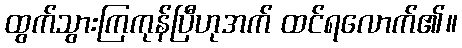
ထွက်သွားကြကုန်ပြီဟုအက် ထင်ရလောက်၏။